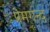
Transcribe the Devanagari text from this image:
प्रेमगन्द